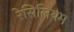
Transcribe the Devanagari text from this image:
रेसिलियम